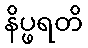
နိပ္ဖရတိ